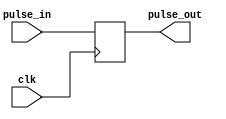
module PulseSynchronizer (
    input wire clk, // system clock signal
    input wire pulse_in, // incoming pulse signal
    output reg pulse_out // synchronized output pulse signal
);

reg pulse_ff;

// Synchronize incoming pulse with system clock
always @(posedge clk) begin
    pulse_ff <= pulse_in;
end

// Output synchronized pulse
assign pulse_out = pulse_ff;

endmodule